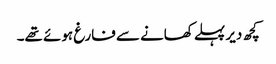
کچھ دیر پہلے کھانے سے فارغ ہوئے تھے۔